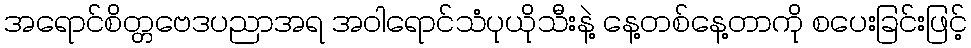
အရောင်စိတ္တဗေဒပညာအရ အဝါရောင်သံပုယိုသီးနဲ့ နေ့တစ်နေ့တာကို စပေးခြင်းဖြင့်